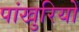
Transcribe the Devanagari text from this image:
पांखुरियों